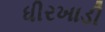
ધીરખાડી